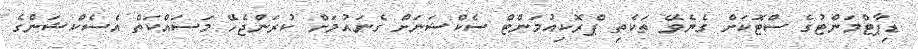
ޑިޕާޓްމަންޓުގެ ސްޓޮކަށް ގެނެވޭ ތަކެތި ޕްރޮކިއުމަންޓް ސެކްޝަނަށް ގެނައުމަށް ކުރަންޖެހޭ މަސައްކަތް އެސެކްޝަންގެ